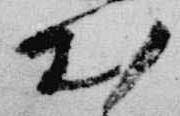
出